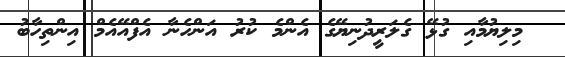
މިލިޔުމާއި ގުޅޭ ގެލަރީދުނިޔޭގެ އެންމެ ކުރު އަންހެނާ އެފްއޭއެމް އިންތިހާބު